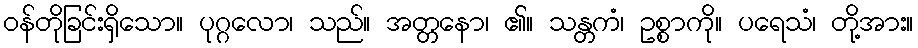
ဝန်တိုခြင်းရှိသော။ ပုဂ္ဂလော၊ သည်။ အတ္တနော၊ ၏။ သန္တကံ၊ ဥစ္စာကို။ ပရေသံ၊ တို့အား။